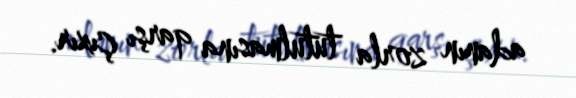
adanın zorla tutulmasına qarşı çıxır.